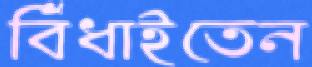
বিঁধাইতেন